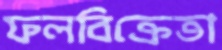
ফলবিক্রেতা